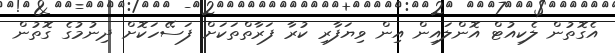
އެގޮތުން ލެކިއުޓް އޮންލައިން އިން ވިޔަފާރި ކުރާ ފަރާތްތަކަށް ފަސޭހަކޮށް ދިނުމުގެ ގޮތުން